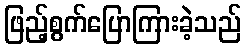
ဖြည့်စွက်ပြောကြားခဲ့သည်